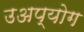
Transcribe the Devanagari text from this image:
उअप्योग